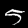
Digit: 5